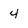
Character: 4